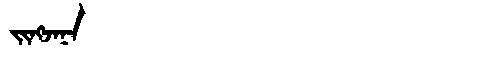
Manchu: ᠵᡳᠩᠵᠠᠨᠠ
Romanization: JINGJANA